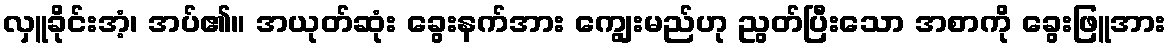
လှူခိုင်းအံ့၊ အပ်၏။ အယုတ်ဆုံး ခွေးနက်အား ကျွေးမည်ဟု ညွတ်ပြီးသော အစာကို ခွေးဖြူအား